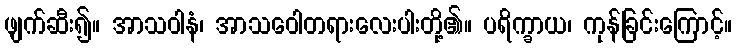
ဖျက်ဆီး၍။ အာသဝါနံ၊ အာသဝေါတရားလေးပါးတို့၏။ ပရိက္ခာယ၊ ကုန်ခြင်းကြောင့်။